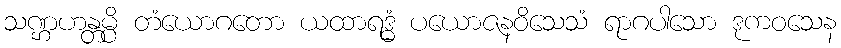
သဏ္ဌဟန္တမ္ပိ တံယောဂတော ယထာရဒ္ဓံ ပယောဇနဝိသေသံ ရာဂပါသော ဒုကဝသေန